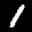
Label: 1